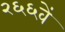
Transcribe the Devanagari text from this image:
२६६वें